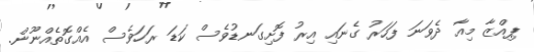
ޕިއްޒާ މިއާ ދެވަނަ ފަހަރު ގެނައި އިރު ފޮށިގަނޑުވެސް ކަޑަ ރަހަވެސް އެއްގޮތެއްނޫން.